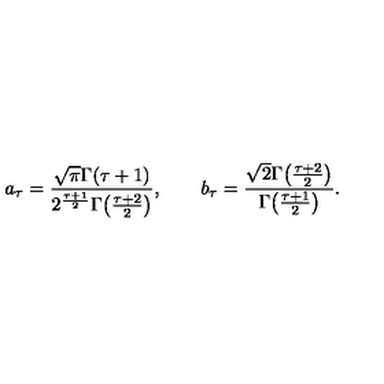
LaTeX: a _ { \tau } = { \frac { \sqrt { \pi } \Gamma ( \tau + 1 ) } { 2 ^ { \frac { \tau + 1 } { 2 } } \Gamma \! \left( { \frac { \tau + 2 } { 2 } } \right) } } , \qquad b _ { \tau } = { \frac { \sqrt { 2 } \Gamma \! \left( { \frac { \tau + 2 } { 2 } } \right) } { \Gamma \! \left( { \frac { \tau + 1 } { 2 } } \right) } } .